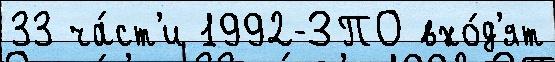
33 ча́ст'и 1992-ЗПО вхо́д'ят